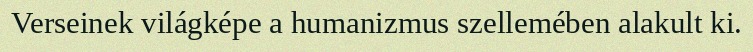
Verseinek világképe a humanizmus szellemében alakult ki.